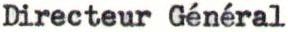
Directeur Général